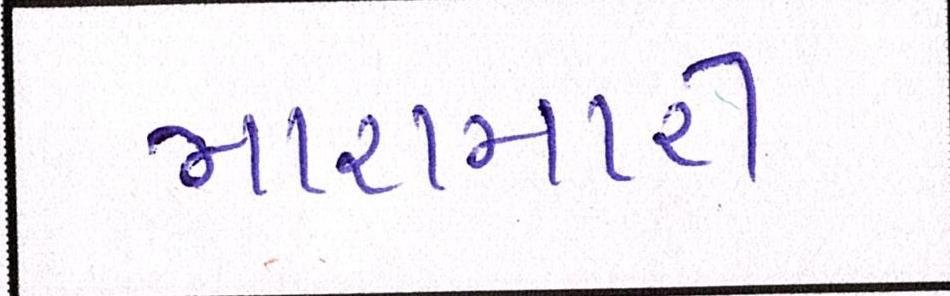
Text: મારામારી